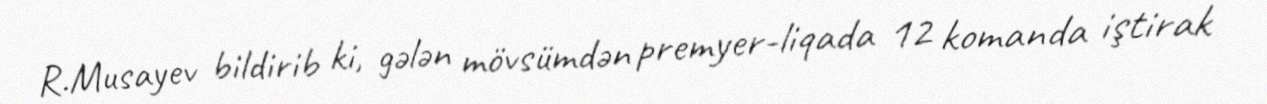
R.Musayev bildirib ki, gələn mövsümdən premyer-liqada 12 komanda iştirak